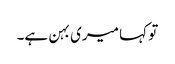
تو کہا میری بہن ہے۔